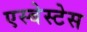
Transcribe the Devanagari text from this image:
एस्बेस्टेस